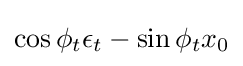
\cos \phi _{t}\epsilon _{t}-\sin \phi _{t}x_{0}